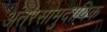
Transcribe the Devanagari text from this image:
अंतरसामुदायिक